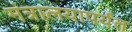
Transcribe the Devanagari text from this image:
मंत्रालयापर्यंत